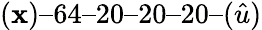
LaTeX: (\mathbf{x})–64–20–20–20–(\hat{{u}})